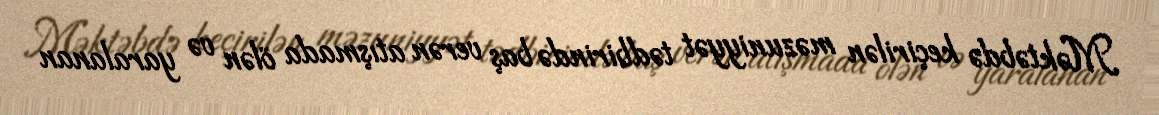
Məktəbdə keçirilən məzuniyyət tədbirində baş verən atışmada ölən və yaralanan